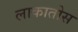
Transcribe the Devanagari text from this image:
लाकातोस